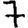
Digit: 7